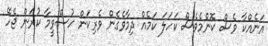
އަނެއްކާ ވެސް ކޮންމެވެސް ކަހަލަ ކަމެއް ދިމާވެގެން ވެރިކަން ހުސްވީމާ ކުރަން ޖެހޭ